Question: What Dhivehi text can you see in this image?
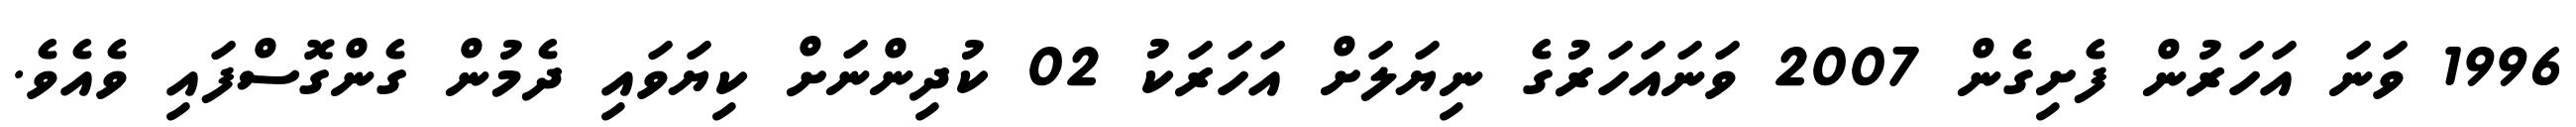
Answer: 1996 ވަނަ އަހަރުން ފެށިގެން 2007 ވަނައަހަރުގެ ނިޔަލަށް އަހަރަކު 02 ކުދިންނަށް ކިޔަވައި ދެމުން ގެންގޮސްފައި ވެއެވެ.